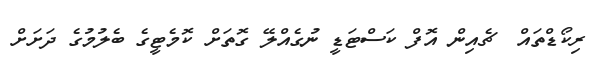
ރިކޯޑްތައް  ޗެއިން އޮފް ކަސްޓަޑީ ނުގެއްލޭ ގޮތަށް ކޮމެޓީގެ ބެލުމުގެ ދަށަށް